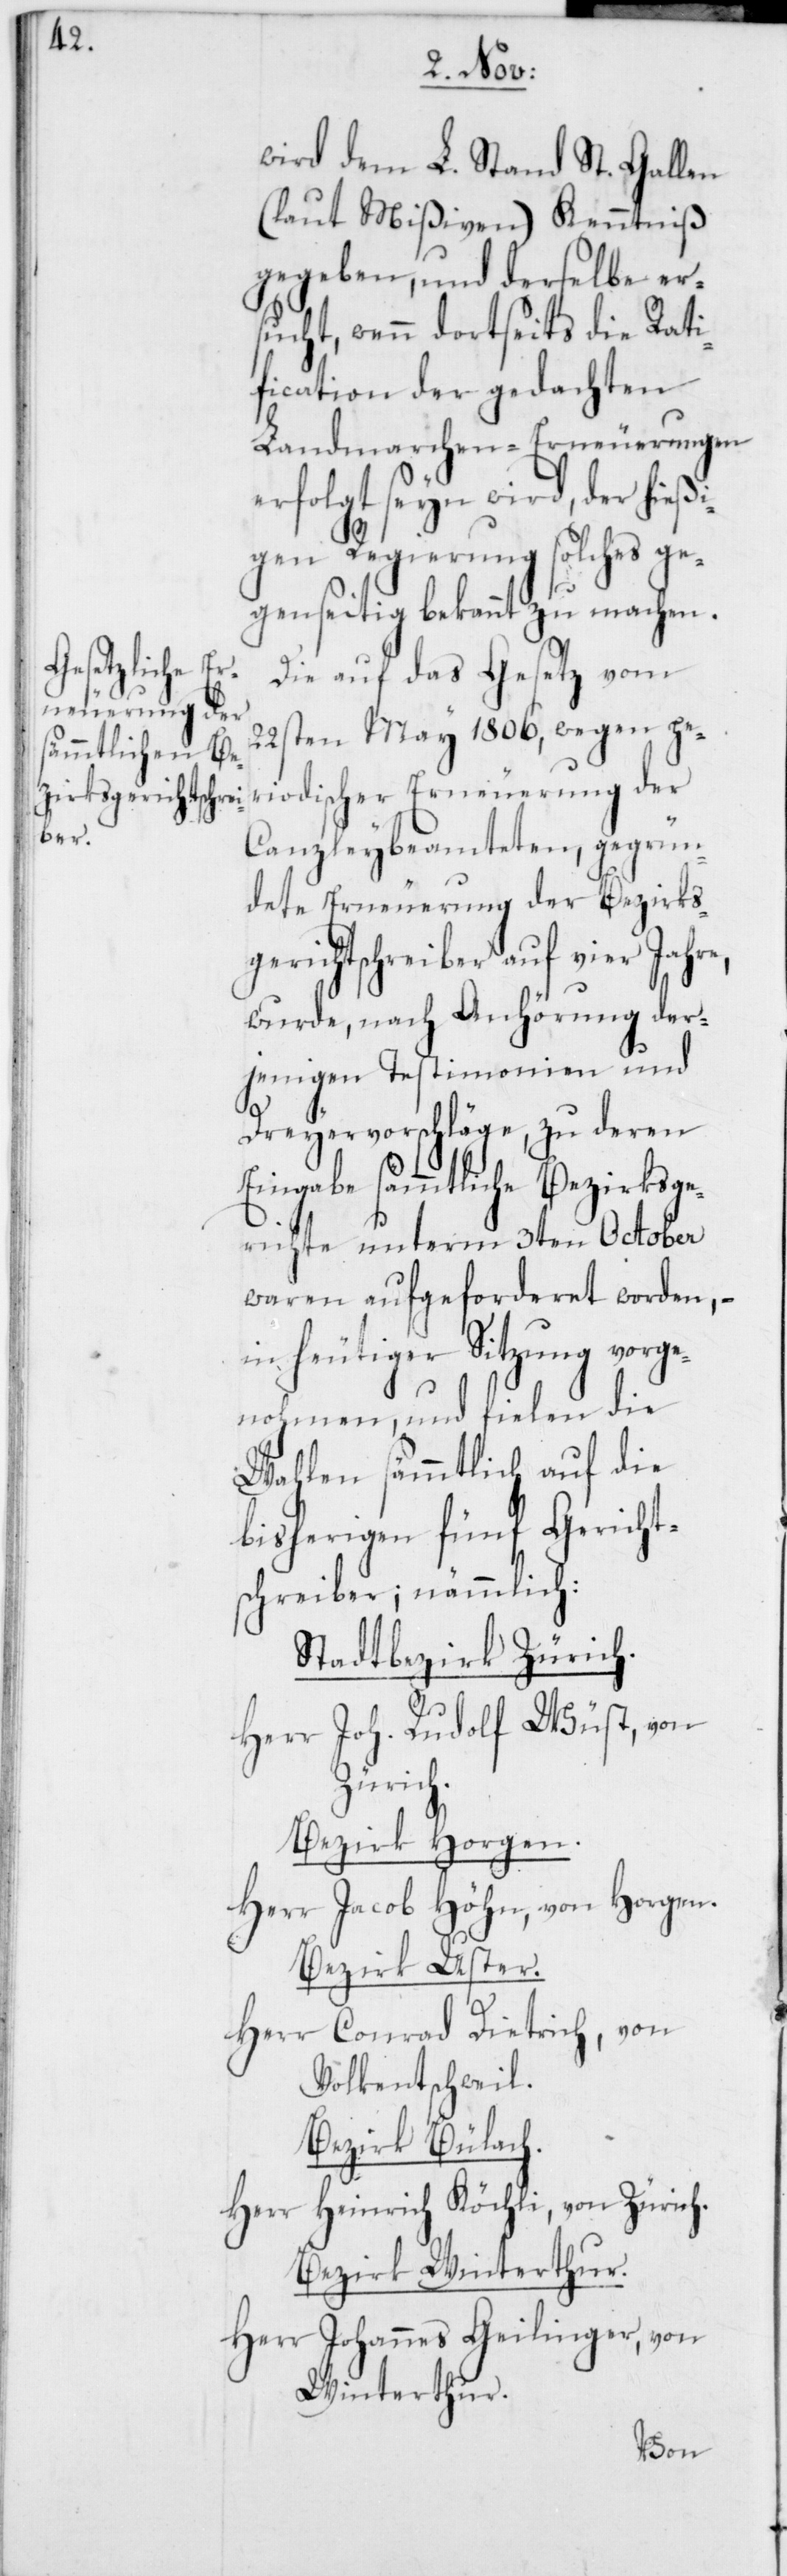
wird dem L. Stand St. Gallen
(laut Mißiven) Kenntniß
gegeben, und derselbe er¬
sucht, wenn dortseits die Rati¬
fication der gedachten
Landmarchen-Erneuerungen
erfolgt seyn wird, der hieß¬
igen Regierung solches ge¬
genseitig bekannt zu machen.
Die auf das Gesetz vom
22sten May 1806, wegen pe¬
riodischer Erneuerung der
Canzleybeamteten, gegrün¬
dete Erneuerung der Bezirks¬
gerichtschreiber auf vier Jahre,
wurde, nach Anhörung der¬
jenigen Testimonien und
Dreyervorschläge, zu deren
Eingabe sämmtliche Bezirksge¬
richte unterm 3ten October
waren aufgeforderet worden, –
in heutiger Sitzung vorge¬
nohmen, und fielen die
Wahlen sämmtlich auf die
bisherigen fünf Gericht¬
schreiber, nämmlich:
Stadtbezirk Zürich.
Herr Joh. Rudolf Wüst, von
Zürich.
Bezirk Horgen.
Herr Jacob Höhn, von Horgen.
Bezirk Uster.
Herr Conrad Dietrich, von
Volkentschweil.
Bezirk Bülach.
Herr Heinrich Köchli, von Zürich.
Bezirk Winterthur.
Herr Johannes Geilinger, von
Winterthur.